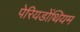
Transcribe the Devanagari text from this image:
पेरियडोंथियम